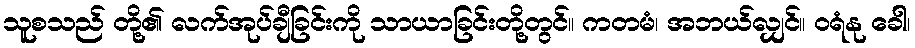
သူစသည် တို့၏ လက်အုပ်ချီခြင်းကို သာယာခြင်းတို့တွင်။ ကတမံ၊ အဘယ်လျှင်။ ဝရံနု ခေါ၊